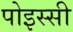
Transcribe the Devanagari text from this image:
पोइस्सी